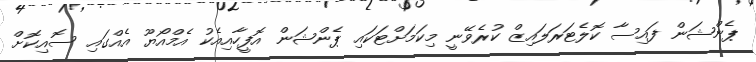
ޕެންޝަން ފައިސާ ކޮލެޓަރަލައިޒް ކުރެވޭނީ މިކަމަށްޓަކައި ޕެންޝަން އޮފީހާއިއެކު އެމްއޯޔޫ އެއްގައި ސޮއިކޮށް